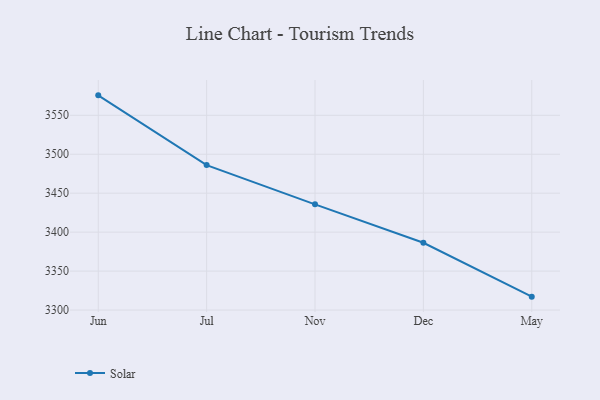
{"axis": {"x": "Month", "y": "Headcount"}, "legend": ["Solar"], "data": [{"x": "Jun", "y": 3575.6, "type": "Solar"}, {"x": "Jul", "y": 3486.1, "type": "Solar"}, {"x": "Nov", "y": 3435.7, "type": "Solar"}, {"x": "Dec", "y": 3386.4, "type": "Solar"}, {"x": "May", "y": 3317.2, "type": "Solar"}]}